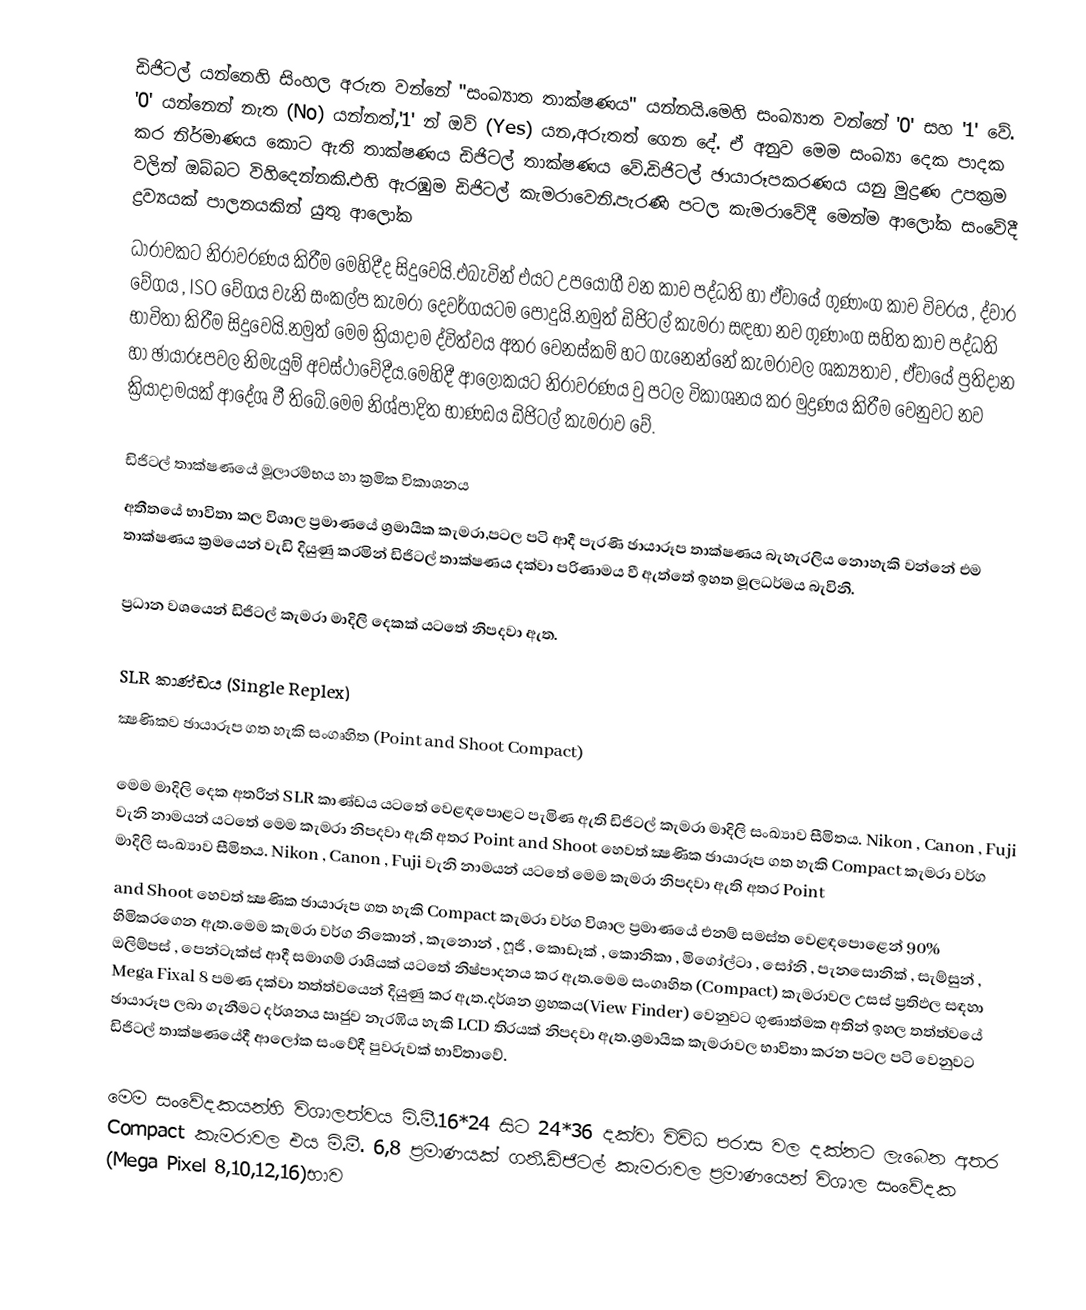
ඩිජිටල් යන්නෙහි සිංහල අරුත වන්නේ "සංඛ්‍යාත තාක්ෂණය" යන්නයි.මෙහි සංඛ්‍යාත වන්නේ '0' සහ '1' වේ. '0'  යන්නෙන් නැත (No) යන්නත්,'1' න් ඔව් (Yes) යන,අරුතත් ගෙන දේ. ඒ අනුව මෙම සංඛ්‍යා දෙක පාදක කර නිර්මාණය කොට  ඇති තාක්ෂණය ඩිජිටල් තාක්ෂණය වේ.ඩිජිටල් ඡායාරූපකරණය යනු මුද්‍රණ උපක්‍රම වලින් ඔබ්බට විහිදෙන්නකි.එහි ඇරඹුම ඩිජිටල් කැමරාවෙනි.පැරණි පටල කැමරාවේදී මෙන්ම ආලෝක සංවේදී ද්‍රව්‍යයක් පාලනයකින් යුතු ආලෝක
ධාරාවකට නිරාවරණය කිරීම මෙහිදීද සිදුවෙයි.එබැවින් එයට උපයෝගී වන කාච පද්ධති හා ඒවායේ ගුණාංග කාච විවරය , ද්වාර වේගය , ISO වේගය වැනි සංකල්ප කැමරා දෙවර්ගයටම පොදුයි.නමුත් ඩිජිටල් කැමරා සඳහා නව ගුණාංග සහිත කාච පද්ධති භාවිතා කිරීම සිදුවෙයි.නමුත් මෙම ක්‍රියාදාම ද්විත්වය අතර වෙනස්කම් හට ගැනෙන්නේ කැමරාවල ශක්‍යතාව , ඒවායේ ප්‍රතිදාන හා ඡායාරූපවල නිමැයුම් අවස්ථාවේදීය.මෙහිදී ආලෝකයට නිරාවරණය වු පටල විකාශනය කර මුද්‍රණය කිරීම වෙනුවට නව ක්‍රියාදාමයක් ආදේශ වී තිබේ.මෙම නිශ්පාදිත භාණඩය ඩිජිටල් කැමරාව වේ.

ඩිජිටල් තාක්ෂණයේ මූලාරම්භය හා ක්‍රමික විකාශනය
        අතීතයේ භාවිතා කල විශාල ප්‍රමාණයේ ශ්‍රමායික   කැමරා,පටල පටි ආදී පැරණි ඡායාරූප තාක්ෂණය බැහැරලිය නොහැකි වන්නේ එම තාක්ෂණය ක්‍රමයෙන් වැඩි දියුණු කරමින් ඩිජිටල් තාක්ෂණය දක්වා පරිණාමය වී ඇත්තේ ඉහත මූලධර්මය බැවිනි.

ප්‍රධාන වශයෙන් ඩිජිටල් කැමරා මාදිලි දෙකක් යටතේ නිපදවා ඇත.

SLR කාණ්ඩය (Single Replex)
ක්‍ෂණිකව ඡායාරූප ගත හැකි සංගෘහිත (Point and Shoot Compact)

මෙම මාදිලි දෙක අතරින් SLR කාණ්ඩය යටතේ වෙළඳපොළට පැමිණ ඇති ඩිජිටල් කැමරා මාදිලි සංඛ්‍යාව සීමිතය. Nikon , Canon , Fuji වැනි නාමයන් යටතේ මෙම කැමරා නිපදවා ඇති අතර Point and Shoot හෙවත් ක්‍ෂණික ඡායාරූප ගත හැකි Compact කැමරා වර්ග මාදිලි සංඛ්‍යාව සීමිතය. Nikon , Canon , Fuji වැනි නාමයන් යටතේ මෙම කැමරා නිපදවා ඇති අතර Point
and Shoot හෙවත් ක්‍ෂණික ඡායාරූප ගත හැකි Compact කැමරා වර්ග විශාල ප්‍රමාණයේ එනම් සමස්ත වෙළඳපොළෙන් 90% හිමිකරගෙන ඇත.මෙම කැමරා වර්ග නිකොන් , කැනොන් , ෆූජි , කොඩෑක් , කොනිකා , මිගෝල්ටා , සෝනි , පැනසොනික් , සැම්සුන් , ඔලිම්පස් , පෙන්ටැක්ස් ආදී සමාගම් රාශියක් යටතේ නිෂ්පාදනය කර ඇත.මෙම සංගෘහිත (Compact) කැමරාවල උසස් ප්‍රතිඵල සඳහා Mega Fixal 8 පමණ දක්වා තත්ත්වයෙන් දියුණු කර ඇත.දර්ශන ග්‍රහකය(View Finder) වෙනුවට ගුණාත්මක අතින් ඉහල තත්ත්වයේ ඡායාරූප ලබා ගැනීමට දර්ශනය ඍජුව නැරඹිය හැකි LCD තිරයක් නිපදවා ඇත.ශ්‍රමායික කැමරාවල භාවිතා කරන පටල පටි වෙනුවට ඩිජිටල් තාක්ෂණයේදී ආලෝක සංවේදී පුවරුවක් භාවිතාවේ.

මෙ‍ම සංවේදකයන්හි විශාලත්වය මි.මී.16*24 සිට 24*36 දක්වා විවිධ පරාස වල දක්නට ලැබෙන අතර  Compact කැමරාවල එය මි.මී. 6,8 ප්‍රමාණයක් ගනී.ඩිජිටල් කැමරාවල ප්‍රමාණයෙන් විශාල සංවේදක (Mega Pixel 8,10,12,16)භාව